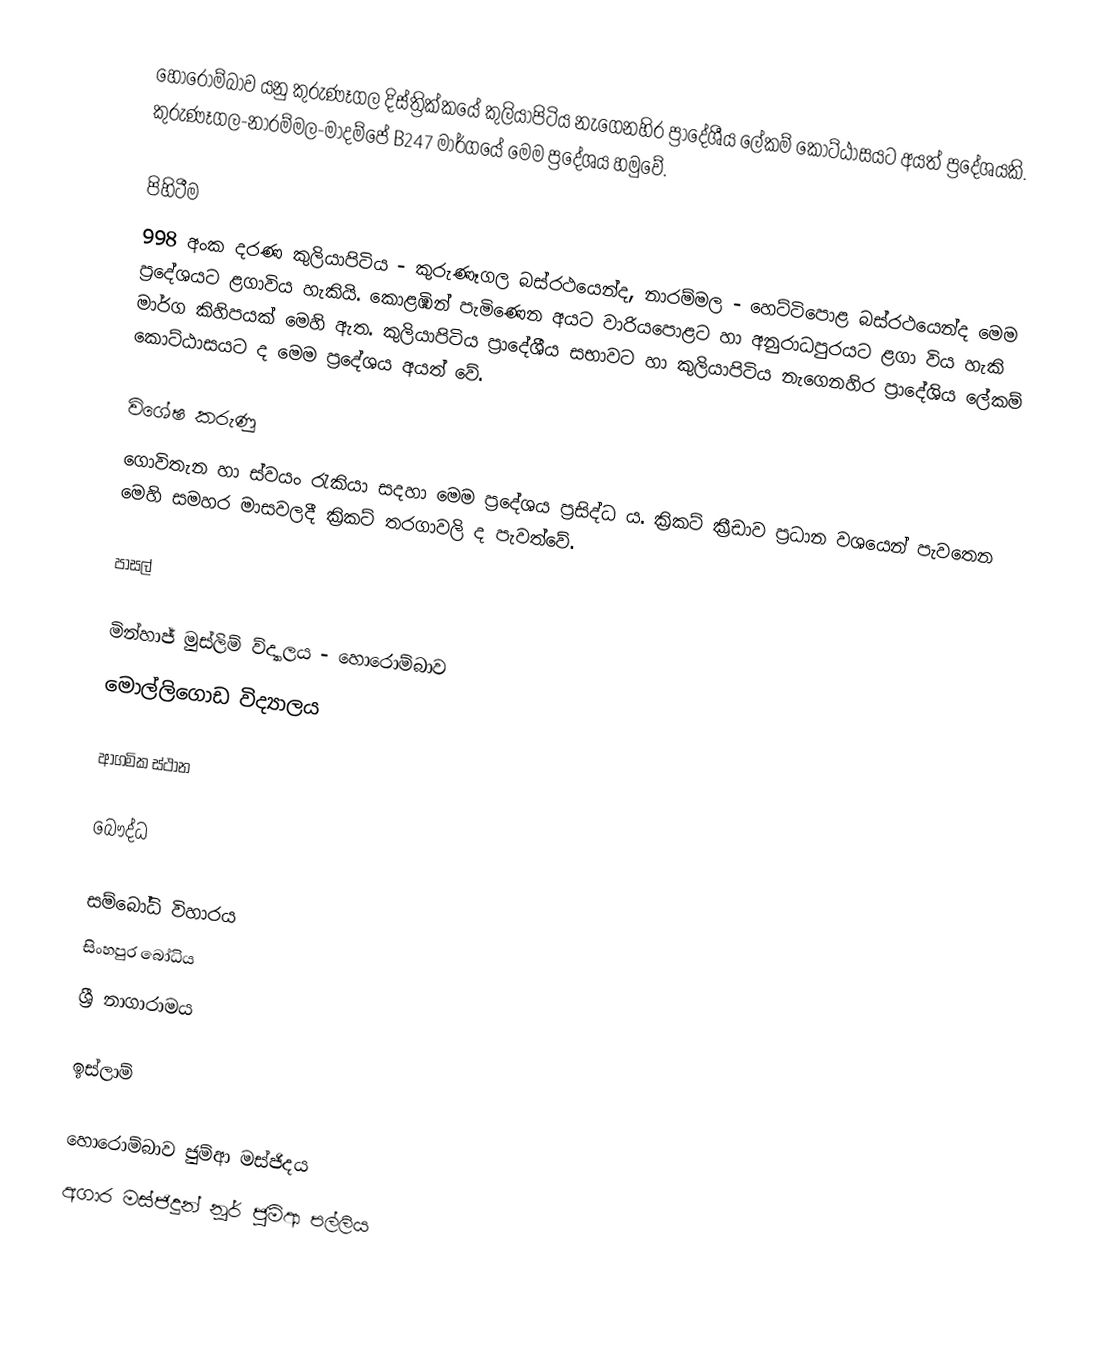
හොරොම්බාව යනු කුරුණෑගල දිස්ත්‍රික්කයේ කුලියාපිටිය නැගෙනහිර ප්‍රාදේශීය ලේකම් කොට්ඨාසයට අයත් ප්‍රදේශයකි. කුරුණෑගල-නාරම්මල-මාදම්පේ B247 මාර්ගයේ මෙම ප්‍රදේශය හමුවේ.

පිහිටීම
998 අංක දරණ කුලියාපිටිය - කුරුණෑගල බස්රථයෙන්ද, නාරම්මල - හෙට්ටිපොළ බස්රථයෙන්ද මෙම ප්‍රදේශයට ළගාවිය හැකියි. කොළඹින් පැමිණෙන අයට වාරියපොළට හා අනුරාධපුරයට ළගා විය හැකි මාර්ග කිහිපයක් මෙහි ඇත. කුලියාපිටිය ප්‍රාදේශීය සභාවට හා කුලියාපිටිය නැගෙනහිර ප්‍රාදේශිය ලේකම් කොට්ඨාසයට ද මෙම ප්‍රදේශය අයත් වේ.

විශේෂ කරුණු
ගොවිතැන හා ස්වයං රැකියා සදහා මෙම ප්‍රදේශය ප්‍රසිද්ධ ය. ක්‍රිකට් ක්‍රීඩාව ප්‍රධාන වශයෙන් පැවතෙන මෙහි සමහර මාසවලදී ක්‍රිකට් තරගාවලි ද පැවත්වේ.

පාසල්

මින්හාජ් මුස්ලිම් ව්ද්‍යාලය - හොරොම්බාව
මොල්ලිගොඩ විද්‍යාලය

ආගමික ස්ථාන

බෞද්ධ

 සම්බෝධි විහාරය
 සිංහපුර බෝධිය
 ශ්‍රී නාගාරාමය

ඉස්ලාම්

හොරොම්බාව ජුම්ආ මස්ජිදය
අගාර මස්ජිදුන් නූර් ජුම්ආ පල්ලිය